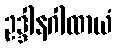
ဥဒ္ဒါနဂါထာယံ